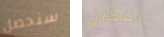
سنحصل المكان